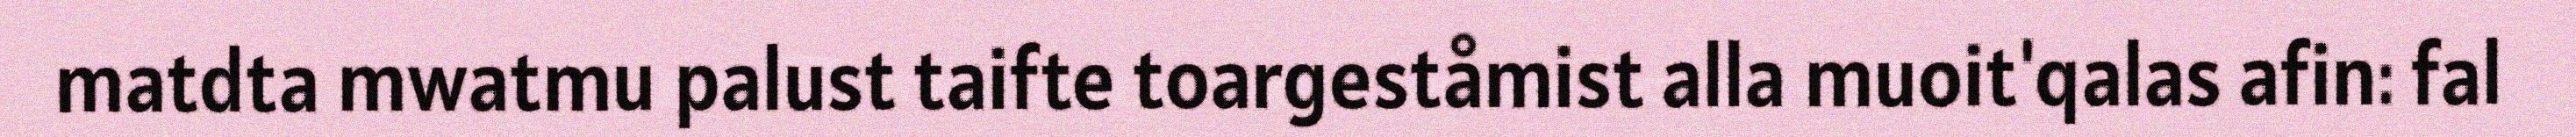
matdta mwatmu palust taifte toargeståmist alla muoit'qalas afin: fal